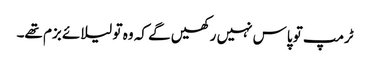
ٹرمپ تو پاس نہیں رکھیں گے کہ وہ تو لیلائے بزم تھے۔